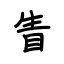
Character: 眚